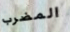
المضرب